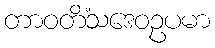
တာဝတိံသဒေဝဥပမာ